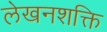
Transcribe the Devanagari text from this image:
लेखनशक्ति